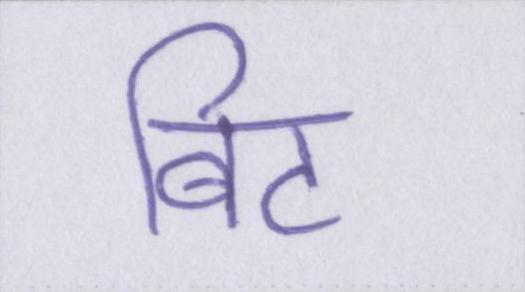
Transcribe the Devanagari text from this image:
बिट